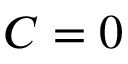
C = 0